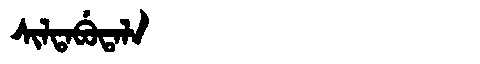
Manchu: ᠰᡳᠯᡨᠠᠪᡠᡨᠠᠯᠠ
Romanization: SILTABUTALA